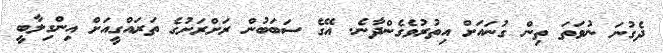
ދެގުނަ ނުވަތަ ތިން ގުނައަށް އިތުރުވެގެންދާނެ. އޭގެ ސަބަބުން ރަށްރަށުގެ ތަރައްގީއަށް އިންގިލާބީ